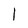
Character: I